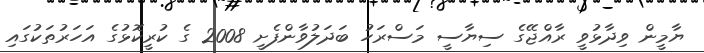
ޔާމީން ވިދާޅުވީ ރާއްޖޭގެ ސިޔާސީ މަސްރަހު ބަދަލުވާންފެށީ 2008 ގެ ކުރީކޮޅުގެ އަހަރުތަކުގައި